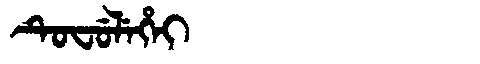
Manchu: ᡨᡠᠸᡠᠯᡝᡥᡝᡳ
Romanization: TUFULEHEI